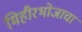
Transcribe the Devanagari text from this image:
मिहीरभोजाचा